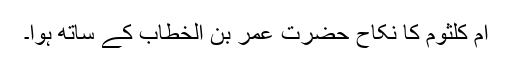
ام کلثوم کا نکاح حضرت عمر بن الخطاب کے ساتھ ہوا۔